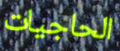
الحاجيات